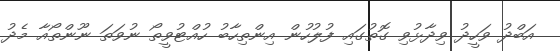
އަބްދު ވަހީދު ވިދާޅުވި ގޮތުގައި ފުލުހުން އިންތިހާބު ހުއްޓުވީތޯ ނުވަތަ ނޫންތޯއާ މެދު